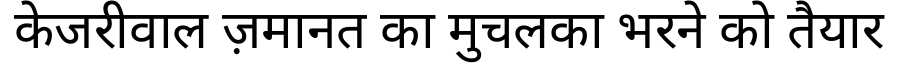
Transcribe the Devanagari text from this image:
केजरीवाल ज़मानत का मुचलका भरने को तैयार